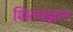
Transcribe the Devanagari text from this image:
शिल्पज्ञान